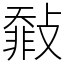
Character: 㪪